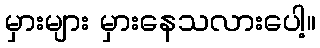
မှားများ မှားနေသလားပေါ့။